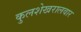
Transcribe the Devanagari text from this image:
कुलशेखरालवार